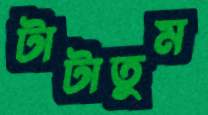
টাটাতুম